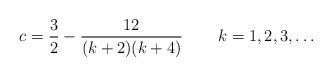
LaTeX: \begin{align*}c=\frac{3}{2}-\frac{12}{(k+2)(k+4)}\,\qquad k=1,2,3,\ldots \end{align*}